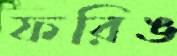
ফরিঙ